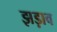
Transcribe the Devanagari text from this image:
झड़ाव